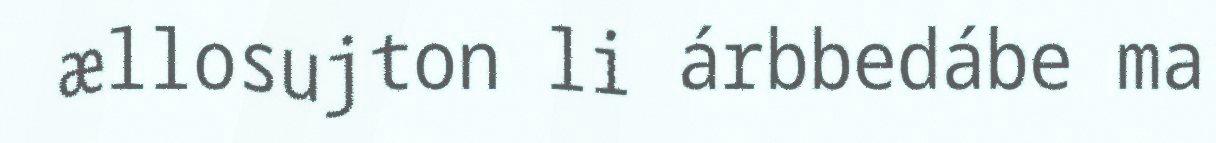
ællosujton li árbbedábe ma